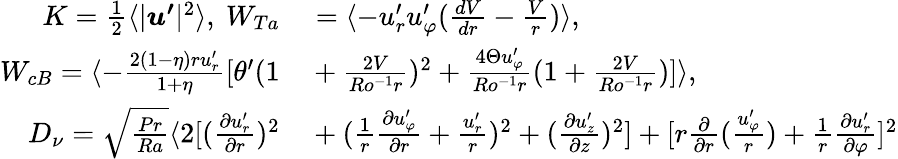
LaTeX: \begin{array}{rl}{K=\frac{1}{2}\langle|\boldsymbol{u^{\prime}}|^{2}\rangle,\ W_{Ta}}&{{}=\langle-u_{r}^{\prime}u_{\varphi}^{\prime}(\frac{dV}{dr}-\frac{V}{r})\rangle,}\\ {W_{cB}=\langle-\frac{2(1-\eta)ru_{r}^{\prime}}{1+\eta}[\theta^{\prime}(1}&{{}+\frac{2V}{Ro^{-1}r})^{2}+\frac{4\Theta u_{\varphi}^{\prime}}{Ro^{-1}r}(1+\frac{2V}{Ro^{-1}r})]\rangle,}\\ {D_{\nu}=\sqrt{\frac{Pr}{Ra}}\langle 2[(\frac{\partial u_{r}^{\prime}}{\partial r})^{2}}&{{}+(\frac{1}{r}\frac{\partial u_{\varphi}^{\prime}}{\partial{r}}+\frac{u_{r}^{\prime}}{r})^{2}+(\frac{\partial u_{z}^{\prime}}{\partial z})^{2}]+[r\frac{\partial}{\partial r}(\frac{u_{\varphi}^{\prime}}{r})+\frac{1}{r}\frac{\partial u_{r}^{\prime}}{\partial\varphi}]^{2}}\end{array}